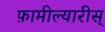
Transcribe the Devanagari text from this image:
फ़ामील्यारीस्